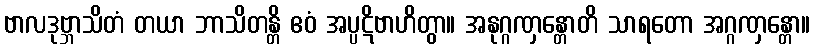
ဗာလဒုဗ္ဘာသိတံ တယာ ဘာသိတန္တိ ဧဝံ အပ္ပဋိဗာဟိတွာ။ အနုဂ္ဂဏှန္တောတိ သာရတော အဂ္ဂဏှန္တော။